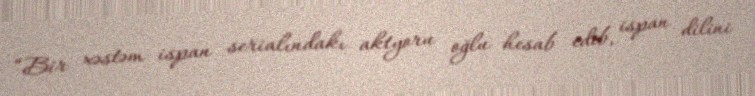
“Bir xəstəm ispan serialındakı aktyoru oğlu hesab edib, ispan dilini